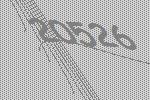
20526